Mental hospitals Bombay report 1929-33 - 1929-1933
Year: 1929
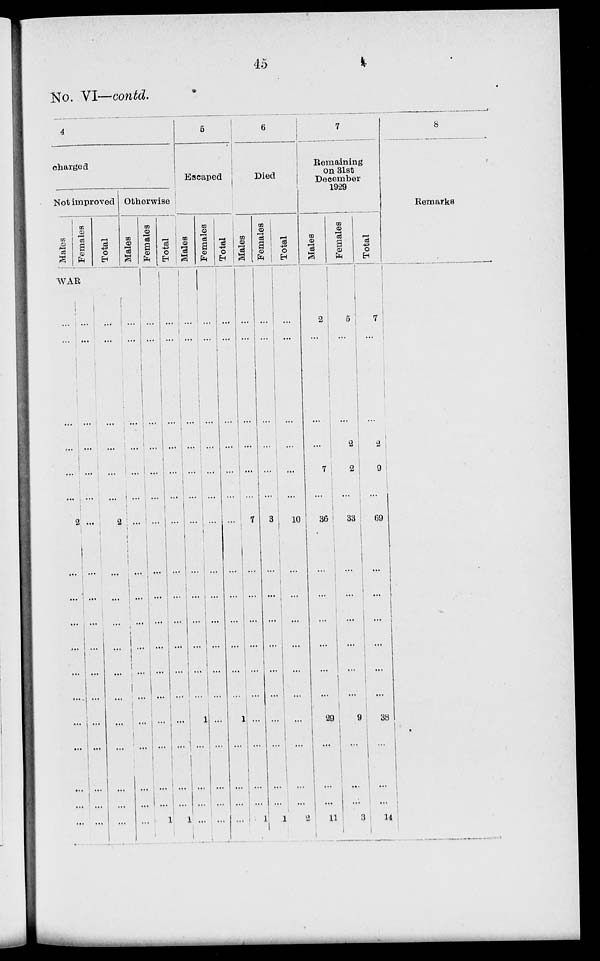
45
No. VI—contd.
4
charged
Not improved
Males
Females
Total
Otherwise
Males
WAR
...
...
...
...
...
2
...
...
...
...
...
...
...
...
...
...
...
...
...
...
...
...
...
...
...
...
...
...
...
...
...
...
...
...
...
...
...
...
...
2
...
...
...
...
...
...
...
...
...
...
...
...
...
...
...
...
...
...
...
...
...
...
...
...
...
...
...
...
Females
...
...
...
...
...
...
...
...
...
...
...
...
...
...
...
...
1
Total
...
...
...
...
...
...
...
...
...
...
...
...
...
...
...
...
1
5
Escaped
Males
...
...
...
...
...
...
...
...
...
...
...
...
1
...
...
...
...
Females
...
...
...
...
...
...
...
...
...
...
...
...
...
...
...
...
...
Total
...
...
...
...
...
...
...
...
...
...
...
...
1
...
...
...
...
6
Died
Males
...
...
...
...
...
7
...
...
...
...
...
...
...
...
...
...
1
Females
...
...
...
...
...
3
...
...
...
...
...
...
...
...
...
...
1
Total
...
...
...
...
...
10
...
...
...
...
...
...
...
...
...
...
2
7
Remaining
on 31st
December
1929
Males
2
...
...
...
7
36
...
...
...
...
...
...
29
...
...
...
11
Females
5
...
...
2
2
33
...
...
...
...
...
...
9
...
...
...
3
Total
7
...
...
2
9
69
...
...
...
...
...
...
38
...
...
...
14
8
Remarks